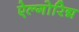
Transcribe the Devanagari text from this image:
ऐल्गोरिद्म